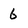
Character: 6